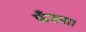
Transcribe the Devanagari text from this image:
फँसना।